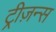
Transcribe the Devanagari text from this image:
ट्रीज़न्स